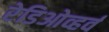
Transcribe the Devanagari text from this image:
रेडिओव्हर्व